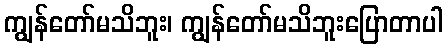
ကျွန်တော်မသိဘူး၊ ကျွန်တော်မသိဘူးပြောတာပါ